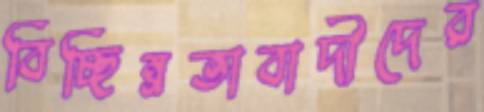
বিচ্ছিন্নতাবাদীদের